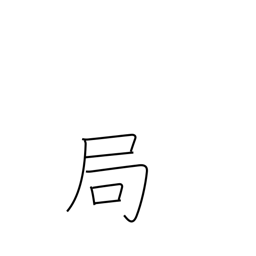
Meaning: conclusion